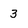
Character: 3